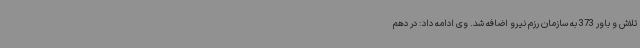
تلاش و باور 373 به سازمان رزم نیرو اضافه شد. وی ادامه داد: در دهم